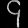
Digit: ၄